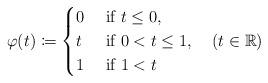
LaTeX: \begin{align*}\varphi(t)\coloneqq\begin{cases}0 & \mbox{ if }t\leq0,\\t & \mbox{ if }0<t\leq1,\\1 & \mbox{ if }1<t\end{cases}\quad(t\in\mathbb{R})\end{align*}